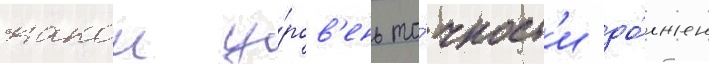
какои у́ров'ень то́чност'и до́лжен